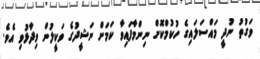
ވަގުތު ނުދީ މައްސަލައިގެ ހުކުމްކޮށް ނިންމާފައިވާ ކަމަށް ނަޝީދުގެ ވަކީލުން ވިދާޅުވި އެވެ.